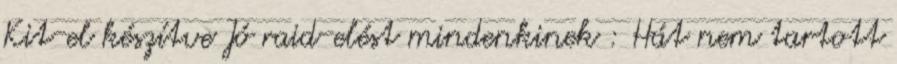
Kit-el készítve Jó raid-elést mindenkinek : Hát nem tartott